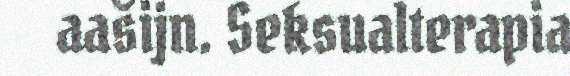
aašijn. Seksualterapia